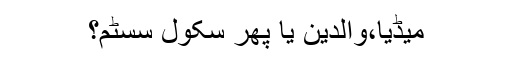
میڈیا،والدین یا پھر سکول سسٹم؟